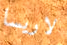
لاريسا